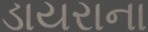
ડાયરાના